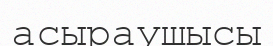
асыраушысы